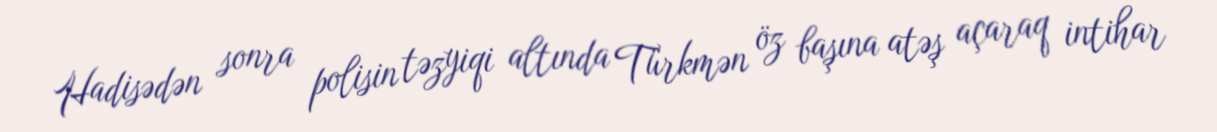
Hadisədən sonra polisin təzyiqi altında Türkmən öz başına atəş açaraq intihar